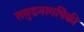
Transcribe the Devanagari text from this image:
समुद्रमार्गांपैकी